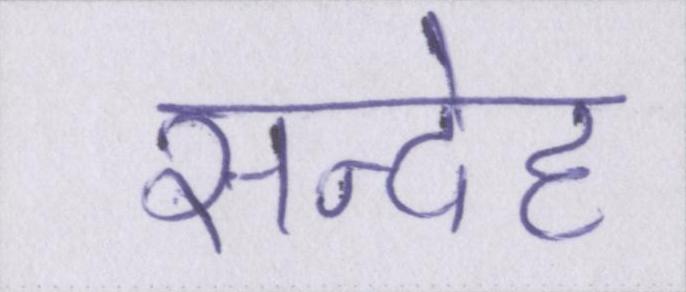
सन्देह